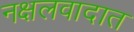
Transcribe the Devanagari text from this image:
नक्षलवादात